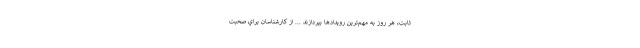
ثابت، هر روز به مهم‌ترين رويدادها بپردازند ... از كارشناسان براي صحبت